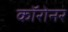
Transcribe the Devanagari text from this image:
कॉरोनर